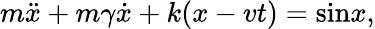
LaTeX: m\ddot{x}+m{\gamma}\dot{x}+k(x-vt)=\mathrm{sin}x,